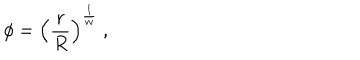
LaTeX: \phi = \left( { \frac { r } { R } } \right) ^ { \frac { 1 } { w } } \ ,